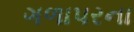
ગળાપરના